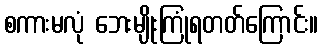
စကားမလုံ ဘေးမျိုးကြုံရတတ်ကြောင်း။